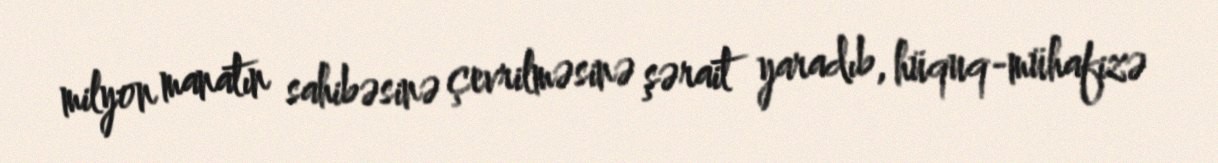
milyon manatın sahibəsinə çevrilməsinə şərait yaradıb, hüquq-mühafizə